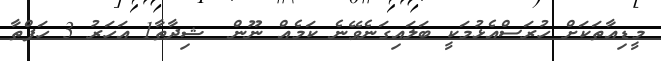
މީޑިއާތަކަށް ހުރަސްއެޅުމަކީ ބަލައިގަނެވޭނެ ކަމެއް ނޫން  ޝިދާތާ1 އަހަރު 3 ހަފްތާ